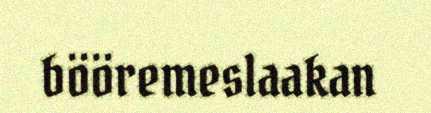
bööremeslaakan